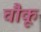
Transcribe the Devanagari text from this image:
चौकू